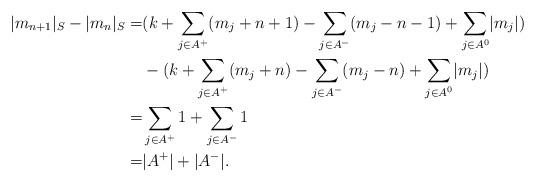
LaTeX: \begin{align*} \lvert m_{n+1} \rvert_S-\lvert m_{n} \rvert_S=& (k+\sum_{j\in A^+} (m_j+n+1)-\sum_{j\in A^-} (m_j-n-1)+\sum_{j\in A^0} \lvert m_j\rvert)\\&-(k+\sum_{j\in A^+} (m_j+n)-\sum_{j\in A^-} (m_j-n)+\sum_{j\in A^0} \lvert m_j\rvert)\\=& \sum_{j\in A^+} 1 + \sum_{j\in A^-} 1\\=& \lvert A^+\rvert+\lvert A^-\rvert .\end{align*}